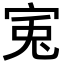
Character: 𡨘